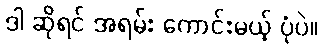
ဒါ ဆိုရင် အရမ်း ကောင်းမယ့် ပုံပဲ။